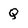
Character: Q